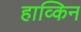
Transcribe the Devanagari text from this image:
हाव्किन